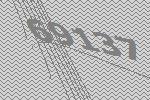
69137